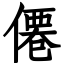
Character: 僊